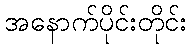
အနောက်ပိုင်းတိုင်း